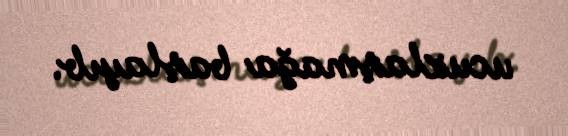
ucuzlaşmağa başlayıb.